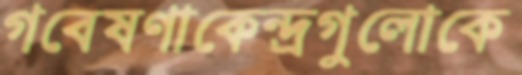
গবেষণাকেন্দ্রগুলোকে